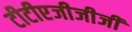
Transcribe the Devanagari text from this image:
टीटीएजीजीजी